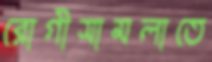
রোগীসামলাতে